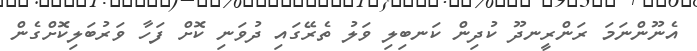
އެނޫންނަމަ ރަންރީނދޫ ކުދިން ކަނބިލި ވަލު ތެރޭގައި ދުވަނި ކޮށް ފަހާ ވަރުބަލިކޮށްގެން